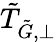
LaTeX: \tilde{T}_{\tilde{G},\perp}